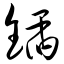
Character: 锸